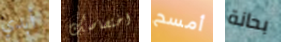
أبدي اختصاصك أمسح بحانة